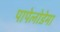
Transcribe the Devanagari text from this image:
पापेलोडेमा